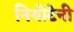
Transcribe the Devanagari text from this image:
नियोटेनी